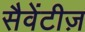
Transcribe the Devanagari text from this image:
सैवेंटीज़